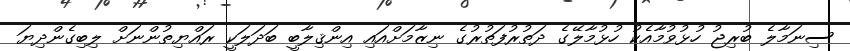
ސިނަމާލެ ބުރިޖު ހުޅުވުމާއެކު ހުޅުމާލޭގެ ދަތުރުފަތުރުގެ ނިޒާމަށްއައި އިންޤިލާބީ ބަދަލަކީ ރައްޔިތުންނަށް ލިބިގެންދިޔަ